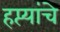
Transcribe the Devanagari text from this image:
हप्त्यांचे